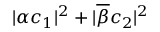
\lvert \alpha c _ { 1 } \rvert ^ { 2 } + \lvert \overline { { \beta } } c _ { 2 } \rvert ^ { 2 }